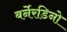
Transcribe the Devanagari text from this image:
बर्नेरडिनो